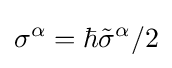
\sigma ^{\alpha }=\hbar {\tilde {\sigma }}^{\alpha }/2